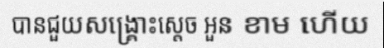
បានជួយសង្គ្រោះស្តេច អួន ខាម ហើយ